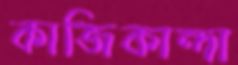
কাজিকান্দা